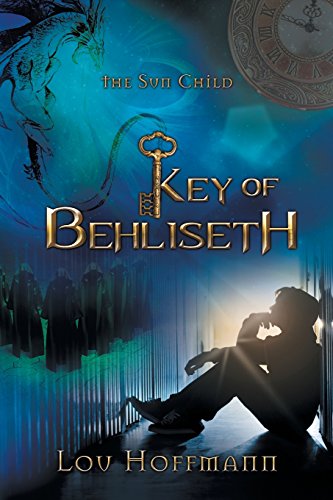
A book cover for Key of Behliseth; Lou Hoffmann; Teen & Young Adult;